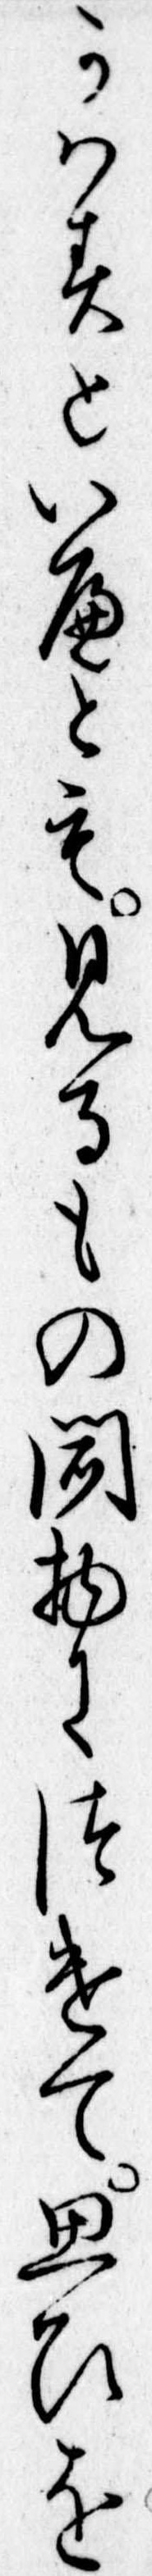
かはすといへとも見るもの聞物につけて思ひを